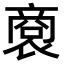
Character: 𧛨